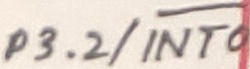
Text: P3.2/INT0